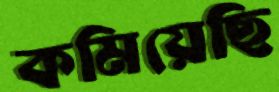
কমিয়েছি